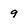
Character: 9